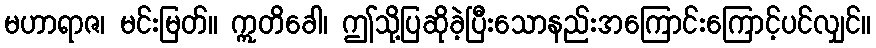
မဟာရာဇ၊ မင်းမြတ်။ ဣတိခေါ၊ ဤသို့ပြဆိုခဲ့ပြီးသောနည်းအကြောင်းကြောင့်ပင်လျှင်။